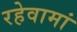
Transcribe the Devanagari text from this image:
रहेवामां